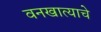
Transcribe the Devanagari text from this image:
वनखात्याचे